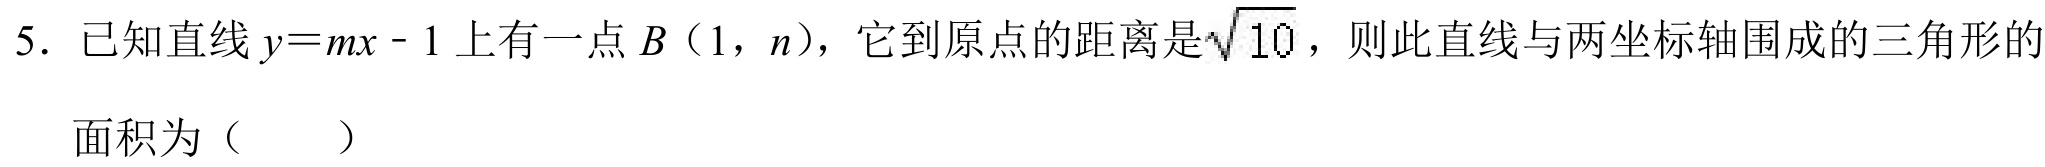
5. 已知直线\(y = mx - 1\)上有一点\(B(1,n)\)，它到原点的距离是\(\sqrt{10}\)，则此直线与两坐标轴围成的三角形的
面积为（  ）